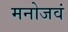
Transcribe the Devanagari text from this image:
मनोजवं